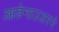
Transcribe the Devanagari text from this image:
आडेनाउअरने